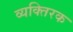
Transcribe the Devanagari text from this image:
व्यक्तिरक